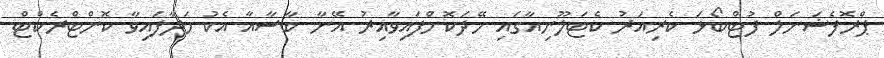
ޕްރޮފެޝަނަލް ފުޓްބޯޅަ ކެރިއަރު ކެޓަލޫނިއާގައި ހޭދަކޮށްފައިވާއިރު އޭނާ ބާސާއާ އެކު ހަދާފައިވާ ކޮންޓްރެކްޓް